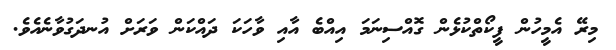
މިރޭ އެމީހުން ފީކޯތްކުޅެން ގޮއްސިނަމަ އިއްބެ އާއި ވާހަކަ ދައްކަން ވަރަށް އުނދަގުވާނެއެވެ.